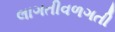
લાગતીવળગતી